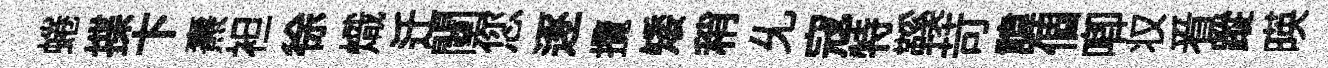
蜷揲卞燾袒徐熾迁闉您逐攬矮稍𠃔寇特鞵苛諱個唧𠬧㸔蹤暎